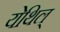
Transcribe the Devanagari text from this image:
येथिल्